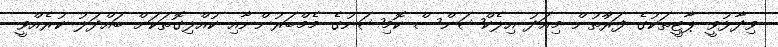
ވިދާޅުވީ ޕާޓީތަކުގެ ފަރާުތުން މިއަދު އިލެކްޝަންސް ކޮމިޝަނުގެ މެމްބަރުންނާއި ކުއްލިގޮތަކަށް ބައްދަލު ކުރެއްވީ